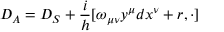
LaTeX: { \cal { D } } _ { A } = { \cal { D } } _ { S } + \frac { i } { h } [ \omega _ { \mu \nu } y ^ { \mu } d x ^ { \nu } + r , \cdot ]